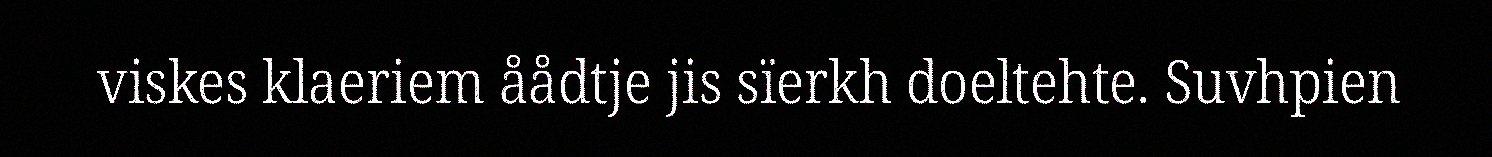
viskes klaeriem åådtje jis sïerkh doeltehte. Suvhpien